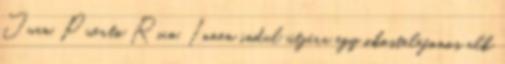
Juan, Puerto Rico. Innen indul útjára egy okostelefonos alk